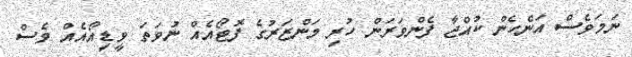
ނަމަވެސް އަންހެން ކުއްޖާ ފެންވަރަން ހުރި މަންޒަރުގެ ފޮޓޯއެއް ނުވަތަ ވީޑިއޯއެއް ވެސް